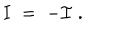
{ \mathbf I } \; = \; - { \mathcal I } \; .